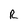
Character: R